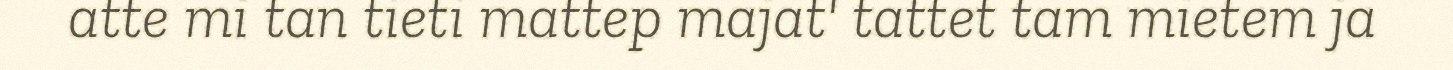
atte mi tan tieti mattep majat' tattet tam mietem ja